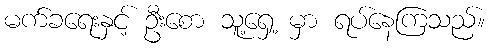
မက်ခရေးနှင့် ဦးစော သူ့ရှေ့ မှာ ရပ်နေကြသည်။